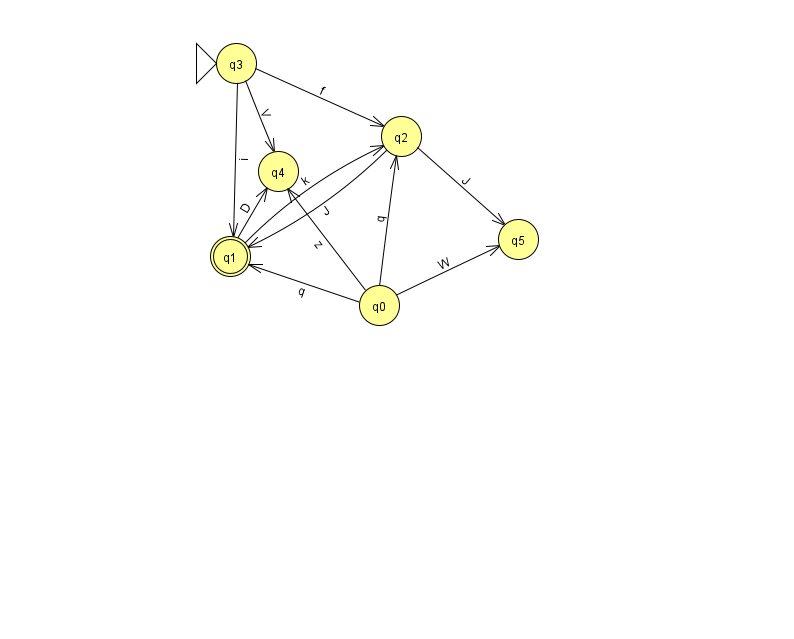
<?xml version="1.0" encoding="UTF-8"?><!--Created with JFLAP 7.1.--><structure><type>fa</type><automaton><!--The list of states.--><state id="0" name="q0"><x>379.0</x><y>292.0</y></state><state id="1" name="q1"><x>230.0</x><y>243.0</y><final/></state><state id="2" name="q2"><x>401.0</x><y>123.0</y></state><state id="3" name="q3"><x>236.0</x><y>50.0</y><initial/></state><state id="4" name="q4"><x>278.0</x><y>158.0</y></state><state id="5" name="q5"><x>518.0</x><y>226.0</y></state><!--The list of transitions.--><transition><from>2</from><to>1</to><read>J</read></transition><transition><from>1</from><to>2</to><read>k</read></transition><transition><from>0</from><to>4</to><read>z</read></transition><transition><from>1</from><to>4</to><read>D</read></transition><transition><from>0</from><to>2</to><read>q</read></transition><transition><from>3</from><to>4</to><read>V</read></transition><transition><from>0</from><to>5</to><read>W</read></transition><transition><from>3</from><to>2</to><read>f</read></transition><transition><from>3</from><to>1</to><read>i</read></transition><transition><from>0</from><to>1</to><read>q</read></transition><transition><from>2</from><to>5</to><read>J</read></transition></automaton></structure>